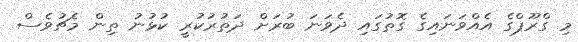
މި ގްރޫޕްގެ އެއްވަނައިގެ ގޮތުގައި ދެވަނަ ބުރަށް ދަތުރުކުރީ ކުޅުނު ތިން މެޗުވެސް